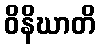
ဝိနိဃာတိ